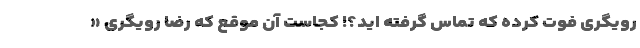
رویگری فوت کرده که تماس گرفته اید؟! کجاست آن موقع که رضا رویگری «